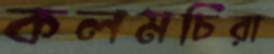
কলমচিরা